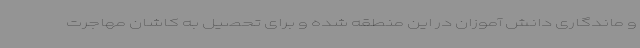
و ماندگاری دانش آموزان در این منطقه شده و برای تحصیل به کاشان مهاجرت